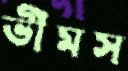
ভীমস